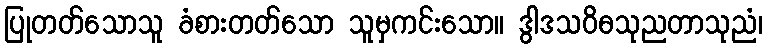
ပြုတတ်သောသူ ခံစားတတ်သော သူမှကင်းသော။ ဒွါဒသဝိဓသုညတာသုညံ၊